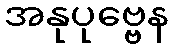
အနုပုဗ္ဗေန